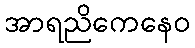
အာရညိကေနေဝ